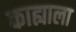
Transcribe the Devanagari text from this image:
काह्याला